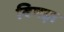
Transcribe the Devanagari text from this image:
बिमड़ा